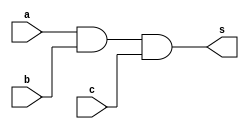
//-----
//Exemplo0034 - F4
//Andre Campolina
//381217
//-----

//----
//and 3 entradas
//----

module and3(input a, input b, input c, output s);
wire w1;
and and1(w1,a,b);
and and2(s,w1,c);
endmodule

//----
//mux 4 entradas
//-----

module mux4(input a, inputb, input c, input d, input [1:0] sel, output s);
wire w1;
wire w2;
wire w3;
wire w4;
wire w5;
wire w6;

and3 a31(a,!sel[1],!sel[0],w1);
and3 a32(b,!sel[1],sel[0],w2);
and3 a33(c,sel[1],!sel[0],w3);
and3 a34(d,sel[1],sel[0],w4);

or or1(w5,w1,w2);
or or2(w6,w3,w4);
or or3(s,w5,w6);

endmodule

//-------
//f4_gate
//-------
module f4(output s, input a, input  b, input [1:0] sel);
wire w1;
wire w2;
wire w3;
wire w4;
wire w5;
wire w6;
wire w7;
wire w8;

or or1(w1,a,b);
nor nor1(w2,a,b);
xor xor1(w3,a,b);
xnor(w4,a,b);

mux4 mux(w1,w2,w3,w4,sel,s);

endmodule


//-------
//Modulo de teste
//-------

module test_f4;

reg x;
reg y;
reg [1:0] sel;
wire z;

f4 modulo(z,x,y,sel);

initial begin

	$display("Exemplo0034 - Andre Campolina - 381217");
	$display("Test LU's module");
	
	x = 1;
	y = 0;
	sel = 0;
	
	#1 $display("%3b %3b %b %3b",x,y,sel,z);
	
	x = 1;
	y = 1;
	sel = 1;
	
	#1 $display("%3b %3b %3b",x,y,sel,z);
	
end

endmodule